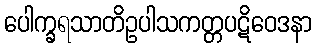
ပေါက္ခရသာတိဥပါသကတ္တပဋိဝေဒနာ